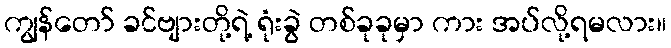
ကျွန်တော် ခင်ဗျားတို့ရဲ့ ရုံးခွဲ တစ်ခုခုမှာ ကား အပ်လို့ရမလား။